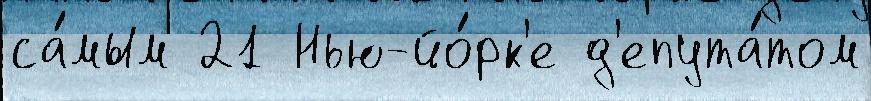
са́мым 21 Нью-йо́рк'е д'епута́том